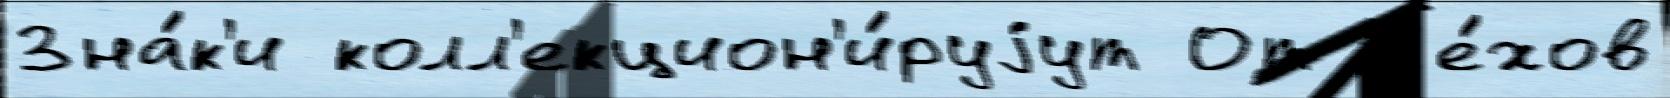
Зна́к'и колл'екцион'и́руjут От Че́хов